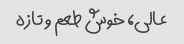
عالی، خوش طعم و تازه